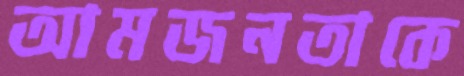
আমজনতাকে